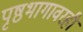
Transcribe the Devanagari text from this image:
पृष्ठभागावरही